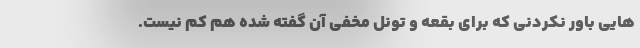
هایی باور نکردنی که برای بقعه و تونل مخفی آن گفته شده هم کم نیست.